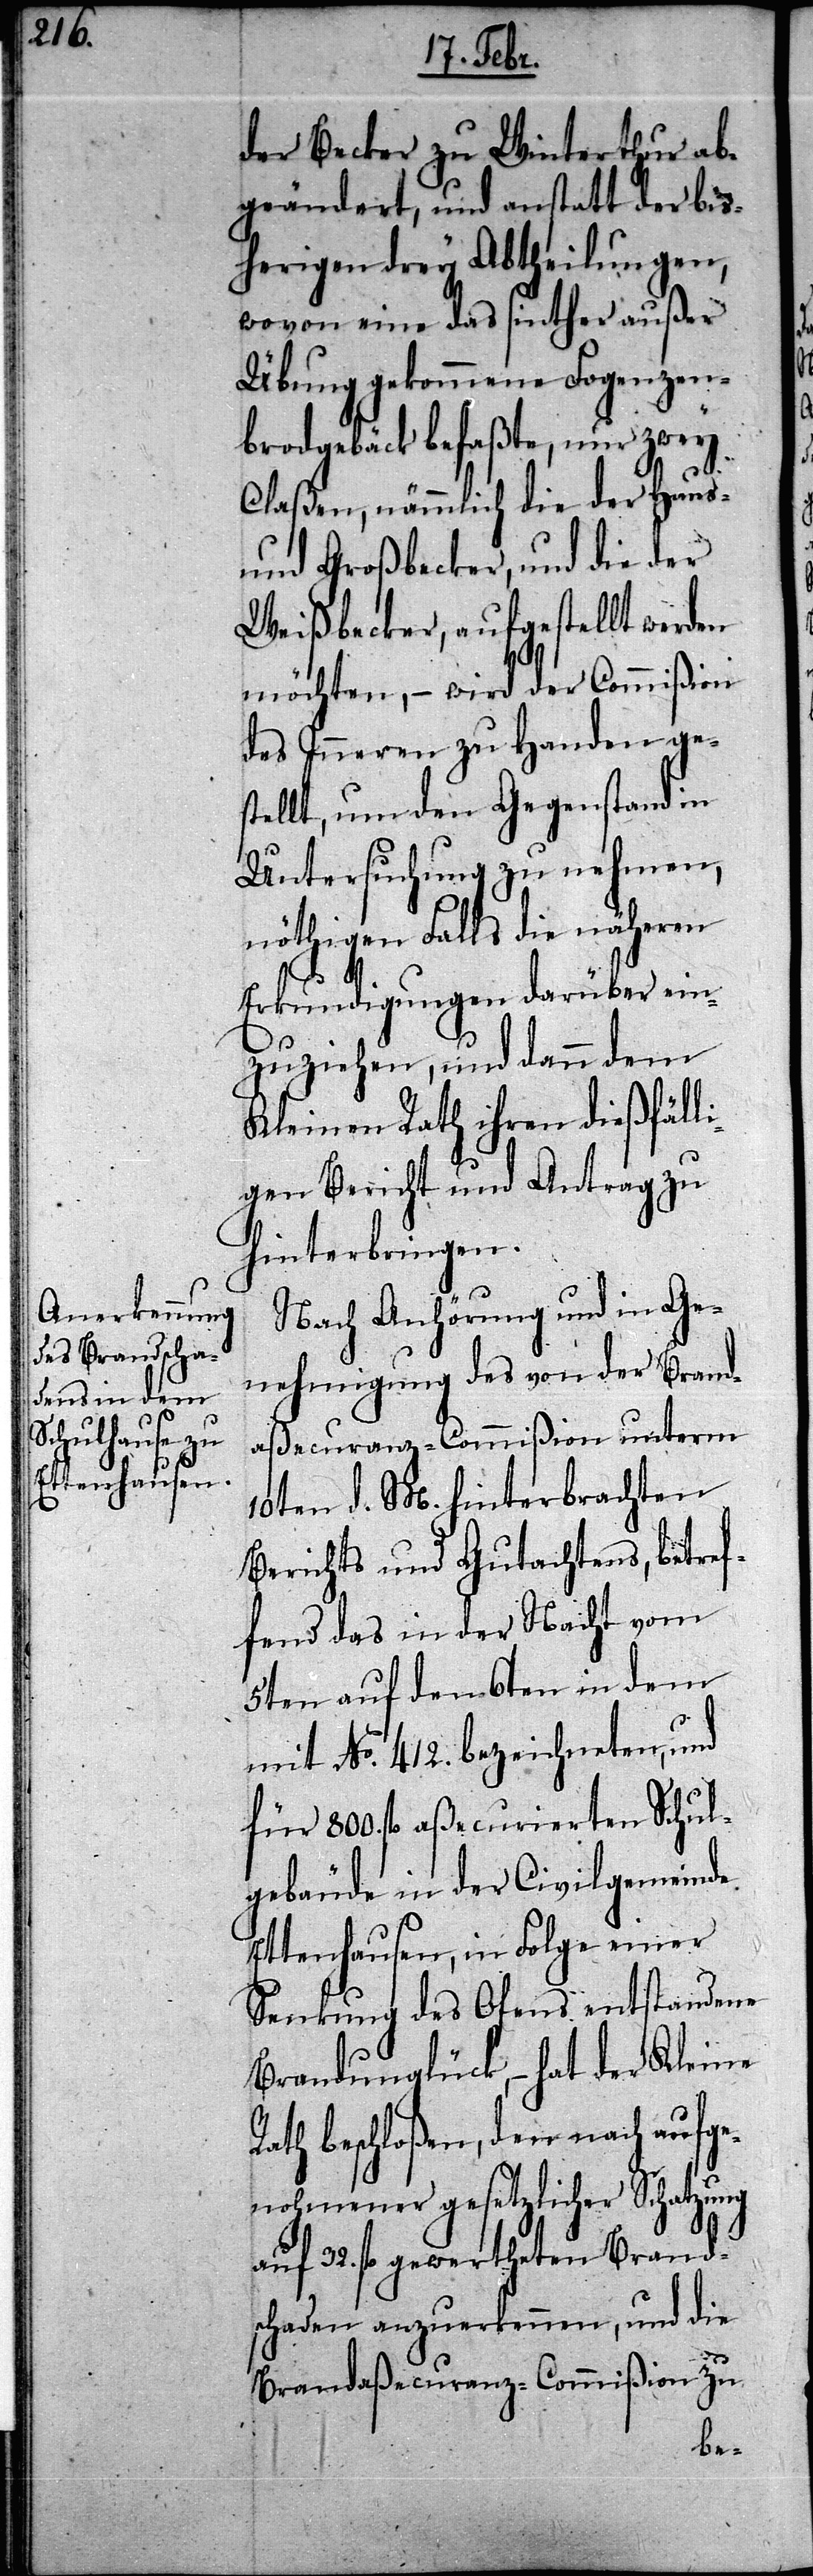
der Becker zu Winterthur ab¬
geändert, und anstatt der bis¬
herigen drey Abtheilungen,
wovon eine das sinther außer
Übung gekommene Fogenzen¬
brodgebäck befaßte, nur zwey
ung
Claßen, nämmlich die der Haus-
und Großbecker, und die der
Weißbecker, aufgestellt werden
möchten, – wird der Commißion
des Inneren zu Handen ge¬
stellt, um den Gegenstand in
Untersuchung zu nehmen,
nöthigen Falls die näheren
Erkundigungen darüber ein¬
zuziehen, und dann dem
Kleinen Rath ihren dießfälli¬
gen Bericht und Antrag zu
hinterbringen.
Nach Anhörung und in Ge¬
nehmigung des von der Brand¬
aßecuranz-Commißion unterm
10ten d. M. hinterbrachten
Berichts und Gutachtens, betref¬
fend das in der Nacht vom
5ten auf den 6ten in dem
mit No. 412. bezeichneten, und
für 800. fl. aßecurierten Schul¬
gebäude in der Civilgemeinde
Ettenhausen, in Folge einer
Senkung des Ofens entstandene
Brandunglück, – hat der Kleine
Rath beschloßen, den nach aufge¬
nohmener gestzlicher Schatz¬
auf 32. fl. gewertheten Brand¬
schaden anzuerkennen, und die
Brandaßecuranz-Commißion zu